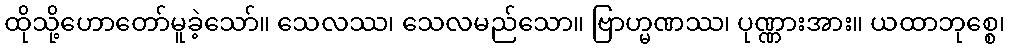
ထိုသို့ဟောတော်မူခဲ့သော်။ သေလဿ၊ သေလမည်သော။ ဗြာဟ္မဏဿ၊ ပုဏ္ဏားအား။ ယထာဘုစ္စေ၊